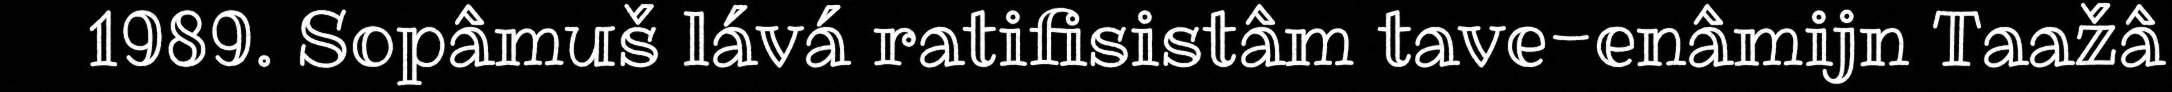
1989. Sopâmuš lává ratifisistâm tave-enâmijn Taažâ